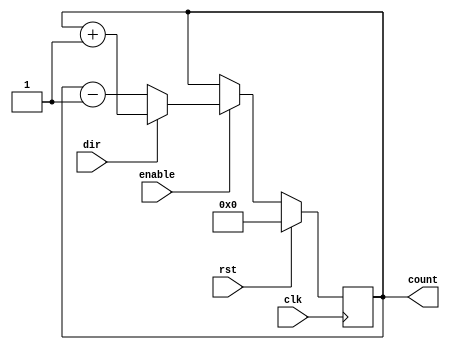
module synchronous_counter #(
    parameter WIDTH = 4 // Bit width of the counter
) (
    input wire clk,               // Clock input
    input wire rst,               // Synchronous reset
    input wire enable,            // Enable signal
    input wire dir,              // Direction control (1 = up, 0 = down)
    output reg [WIDTH-1:0] count  // Counter output
);

// Always block that triggers on clock edge or reset
always @(posedge clk) begin
    if (rst) begin
        // Reset the counter to zero
        count <= 0;
    end else if (enable) begin
        // Increment or decrement the counter based on direction
        if (dir) begin
            // Up counting
            count <= count + 1'b1;
        end else begin
            // Down counting
            count <= count - 1'b1;
        end
    end
end

endmodule